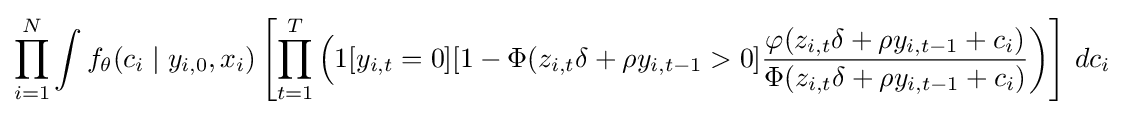
\prod _{i=1}^{N}\int f_{\theta }(c_{i}\mid y_{i,0},x_{i})\left[\prod _{t=1}^{T}{\Bigl (}1[y_{i,t}=0][1-\Phi (z_{i,t}\delta +\rho y_{i,t-1}>0]{\frac {\varphi (z_{i,t}\delta +\rho y_{i,t-1}+c_{i})}{\Phi (z_{i,t}\delta +\rho y_{i,t-1}+c_{i})}}{\biggr )}\right]\,dc_{i}